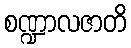
စဏ္ဍာလဇာတိ